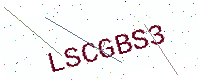
Text: LSCGBS3